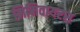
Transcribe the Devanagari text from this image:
मिमिवायरस